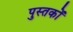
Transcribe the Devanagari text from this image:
पुस्तकोँ